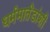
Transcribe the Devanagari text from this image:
धर्ममार्तंडांशी